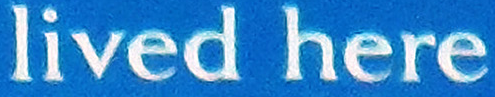
lived here